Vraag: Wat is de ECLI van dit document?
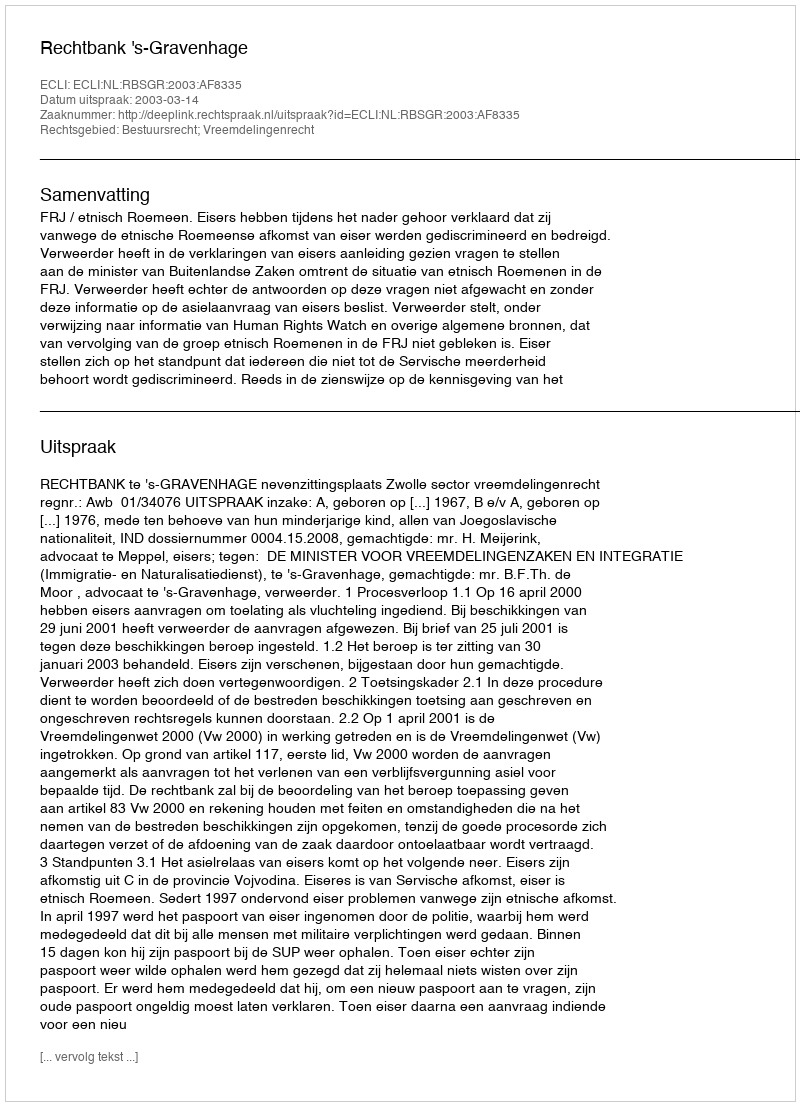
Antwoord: ECLI:NL:RBSGR:2003:AF8335